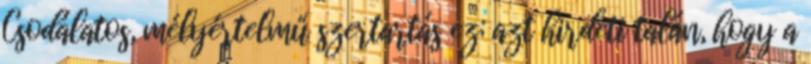
Csodálatos, mélyértelmű szertartás ez; azt hirdeti talán, hogy a